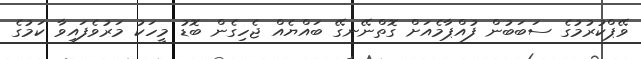
ވޭޕްކުރުމުގެ ސަބަބުން ފުއްޕާމެއަށް ގޮތްނޭނގޭ ބައްޔެއް ޖެހިގެން ބޮޑު މީހަކު މަރުވެފައިވާ ކަމުގެ